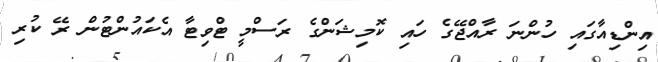
އިންޑިއާގައި ހުންނަ ރާއްޖޭގެ ހައި ކޮމިޝަންގެ ރަސްމީ ޓްވިޓާ އެކައުންޓުން ރޭ ކުރި